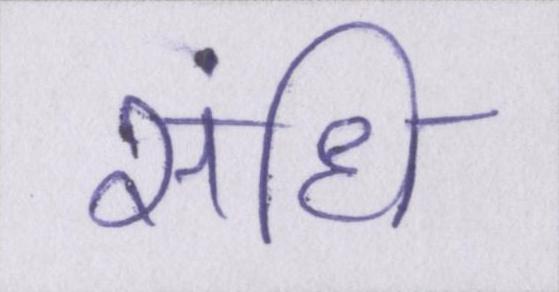
संधि